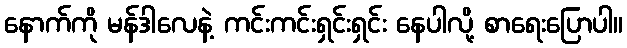
နောက်ကို မန်ဒါလေနဲ့ ကင်းကင်းရှင်းရှင်း နေပါလို့ စာရေးပြောပါ။